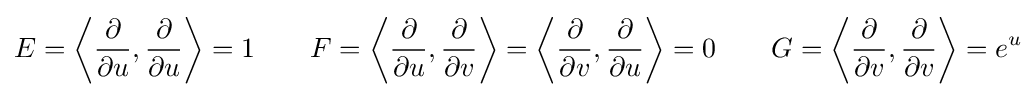
E=\left\langle {\frac {\partial }{\partial u}},{\frac {\partial }{\partial u}}\right\rangle =1\qquad F=\left\langle {\frac {\partial }{\partial u}},{\frac {\partial }{\partial v}}\right\rangle =\left\langle {\frac {\partial }{\partial v}},{\frac {\partial }{\partial u}}\right\rangle =0\qquad G=\left\langle {\frac {\partial }{\partial v}},{\frac {\partial }{\partial v}}\right\rangle =e^{u}